Leaving Certificate Examination (including Day School Certificate (Higher) General paper), 1930
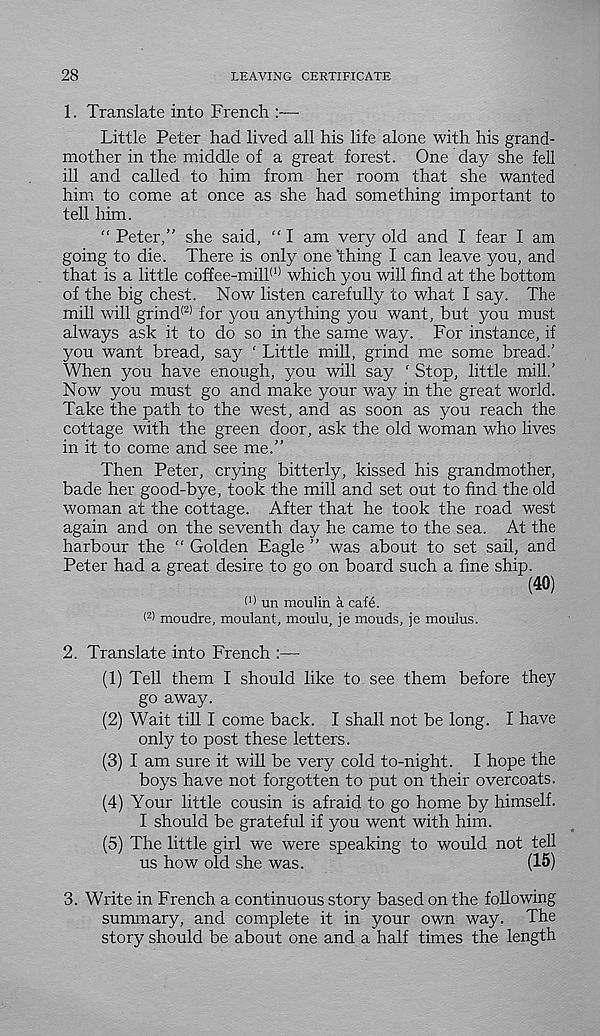
28
LEAVING CERTIFICATE
1. Translate into French —
Little Peter had lived all his life alone with his grand-
mother in the middle of a great forest. One day she fell
ill and called to him from her room that she wanted
him to come at once as she had something important to
tell him.
“ Peter,” she said, “ I am very old and I fear I am
going to die. There is only one ’thing I can leave you, and
that is a little coffee-mill (1) which you will find at the bottom
of the big chest. Now listen carefully to what I say. The
mill will grind (2) for you anything you want, but you must
always ask it to do so in the same way. For instance, if
you want bread, say ‘ Little mill, grind me some bread.'
When you have enough, you will say ‘ Stop, little mill.’
Now you must go and make your way in the great world.
Take the path to the west, and as soon as you reach the
cottage with the green door, ask the old woman who lives
in it to come and see me.”
Then Peter, crying bitterly, kissed his grandmother,
bade her good-bye, took the mill and set out to find the old
woman at the cottage. After that he took the road west
again and on the seventh day he came to the sea. At the
harbour the “ Golden Eagle ” was about to set sail, and
Peter had a great desire to go on board such a fine ship.
(40)
I 1 ) un moulin a cafe.
( 2 ) moudre, moulant, moulu, je mouds, je moulus.
2. Translate into French :—
(1) Tell them I should like to see them before they
go away.
(2) Wait till I come back. I shall not be long. I have
only to post these letters.
(3) I am sure it will be very cold to-night. I hope the
boys have not forgotten to put on their overcoats.
(4) Your little cousin is afraid to go home by himself.
I should be grateful if you went with him.
(5) The little girl we were speaking to would not tell
us how old she was.
(15)
3. Write in French a continuous story based on the following
summary, and complete it in your own way. The
story should be about one and a half times the length